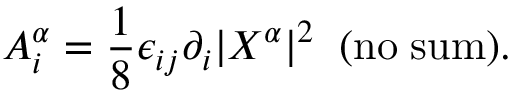
A _ { i } ^ { \alpha } = \frac { 1 } { 8 } \epsilon _ { i j } \partial _ { i } | X ^ { \alpha } | ^ { 2 } \; \; \mathrm { ( n o \; s u m ) } .